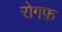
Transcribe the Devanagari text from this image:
रोगफ़